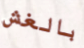
بالغش